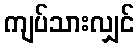
ကျပ်သားလျှင်